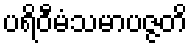
ပရိဝီမံသမာပဇ္ဇတိ